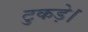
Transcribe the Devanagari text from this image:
टुकड़े।